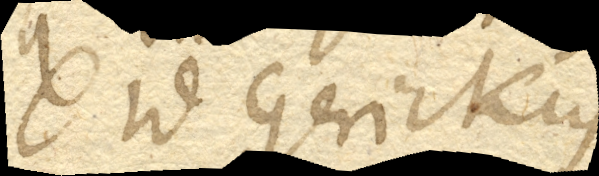
Id Gerickius